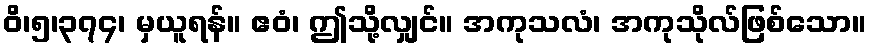
ဝိ၊၅၊၃၇၄၊ မှယူရန်။ ဧဝံ၊ ဤသို့လျှင်။ အကုသလံ၊ အကုသိုလ်ဖြစ်သော။